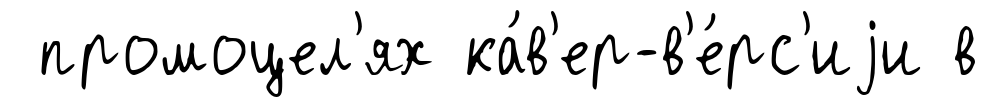
промоцел'ях ка́в'ер-в'е́рс'иjи в